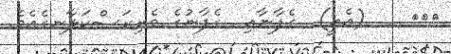
١٢٢    (އެއީ)  ގެފާނާއި  ގެފާނުގެ ވެރިރަސްކަލާނގެއެވެ.